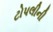
ટોપલીની